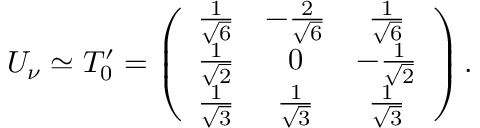
U _ { \nu } \simeq T _ { 0 } ^ { \prime } = \left( \begin{array} { c c c } { { \frac 1 { \sqrt { 6 } } } } & { { - \frac 2 { \sqrt { 6 } } } } & { { \frac 1 { \sqrt { 6 } } } } \\ { { \frac 1 { \sqrt { 2 } } } } & { { 0 } } & { { - \frac 1 { \sqrt { 2 } } } } \\ { { \frac 1 { \sqrt { 3 } } } } & { { \frac 1 { \sqrt { 3 } } } } & { { \frac 1 { \sqrt { 3 } } } } \end{array} \right) .